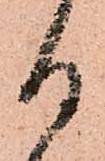
る